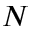
N